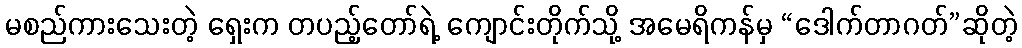
မစည်ကားသေးတဲ့ ရှေးက တပည့်တော်ရဲ့ ကျောင်းတိုက်သို့ အမေရိကန်မှ “ဒေါက်တာဂတ်”ဆိုတဲ့